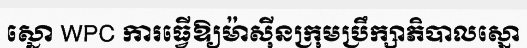
ស្នោ WPC ការធ្វើឱ្យម៉ាស៊ីនក្រុមប្រឹក្សាភិបាលស្នោ